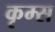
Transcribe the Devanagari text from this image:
कृम्स